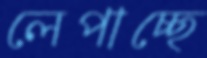
লেপাচ্ছে